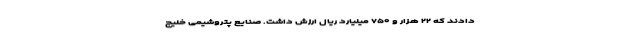
دادند که ۲۲ هزار و ۷۵۰ میلیارد ریال ارزش داشت. صنایع پتروشیمی خلیج